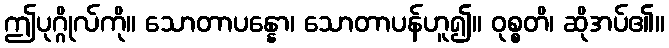
ဤပုဂ္ဂိုလ်ကို။ သောတာပန္နော၊ သောတာပန်ဟူ၍။ ဝုစ္စတိ၊ ဆိုအပ်၏။